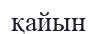
қайын